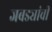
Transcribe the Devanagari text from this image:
जबड्यांची